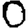
Digit: 0